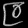
Digit: ၉